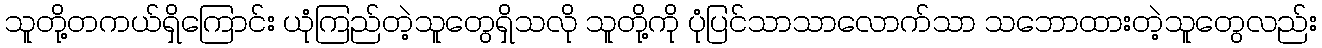
သူတို့တကယ်ရှိကြောင်း ယုံကြည်တဲ့သူတွေရှိသလို သူတို့ကို ပုံပြင်သာသာလောက်သာ သဘောထားတဲ့သူတွေလည်း